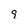
Character: q